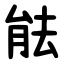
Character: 䏻